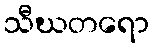
သီဃတရော